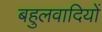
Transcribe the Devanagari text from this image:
बहुलवादियों